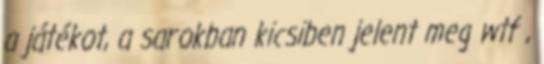
a játékot, a sarokban kicsiben jelent meg wtf ,